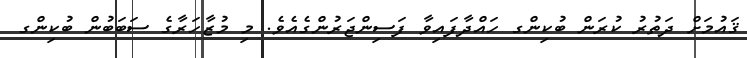
ޤައުމަށް ދަތުރު ކުރަން ބުކިންގ ހައްދާފައިވާ ފަސިންޖަރުންގެއެވެ. މި މުޒާހަރާގެ ސަބަބުން ބުކިންގ